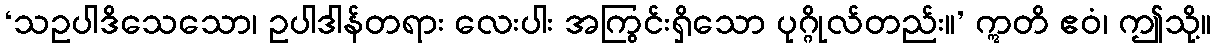
‘သဥပါဒိသေသော၊ ဥပါဒါန်တရား လေးပါး အကြွင်းရှိသော ပုဂ္ဂိုလ်တည်း။’ ဣတိ ဧဝံ၊ ဤသို့။